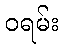
ဝရမ်း